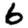
Digit: 6